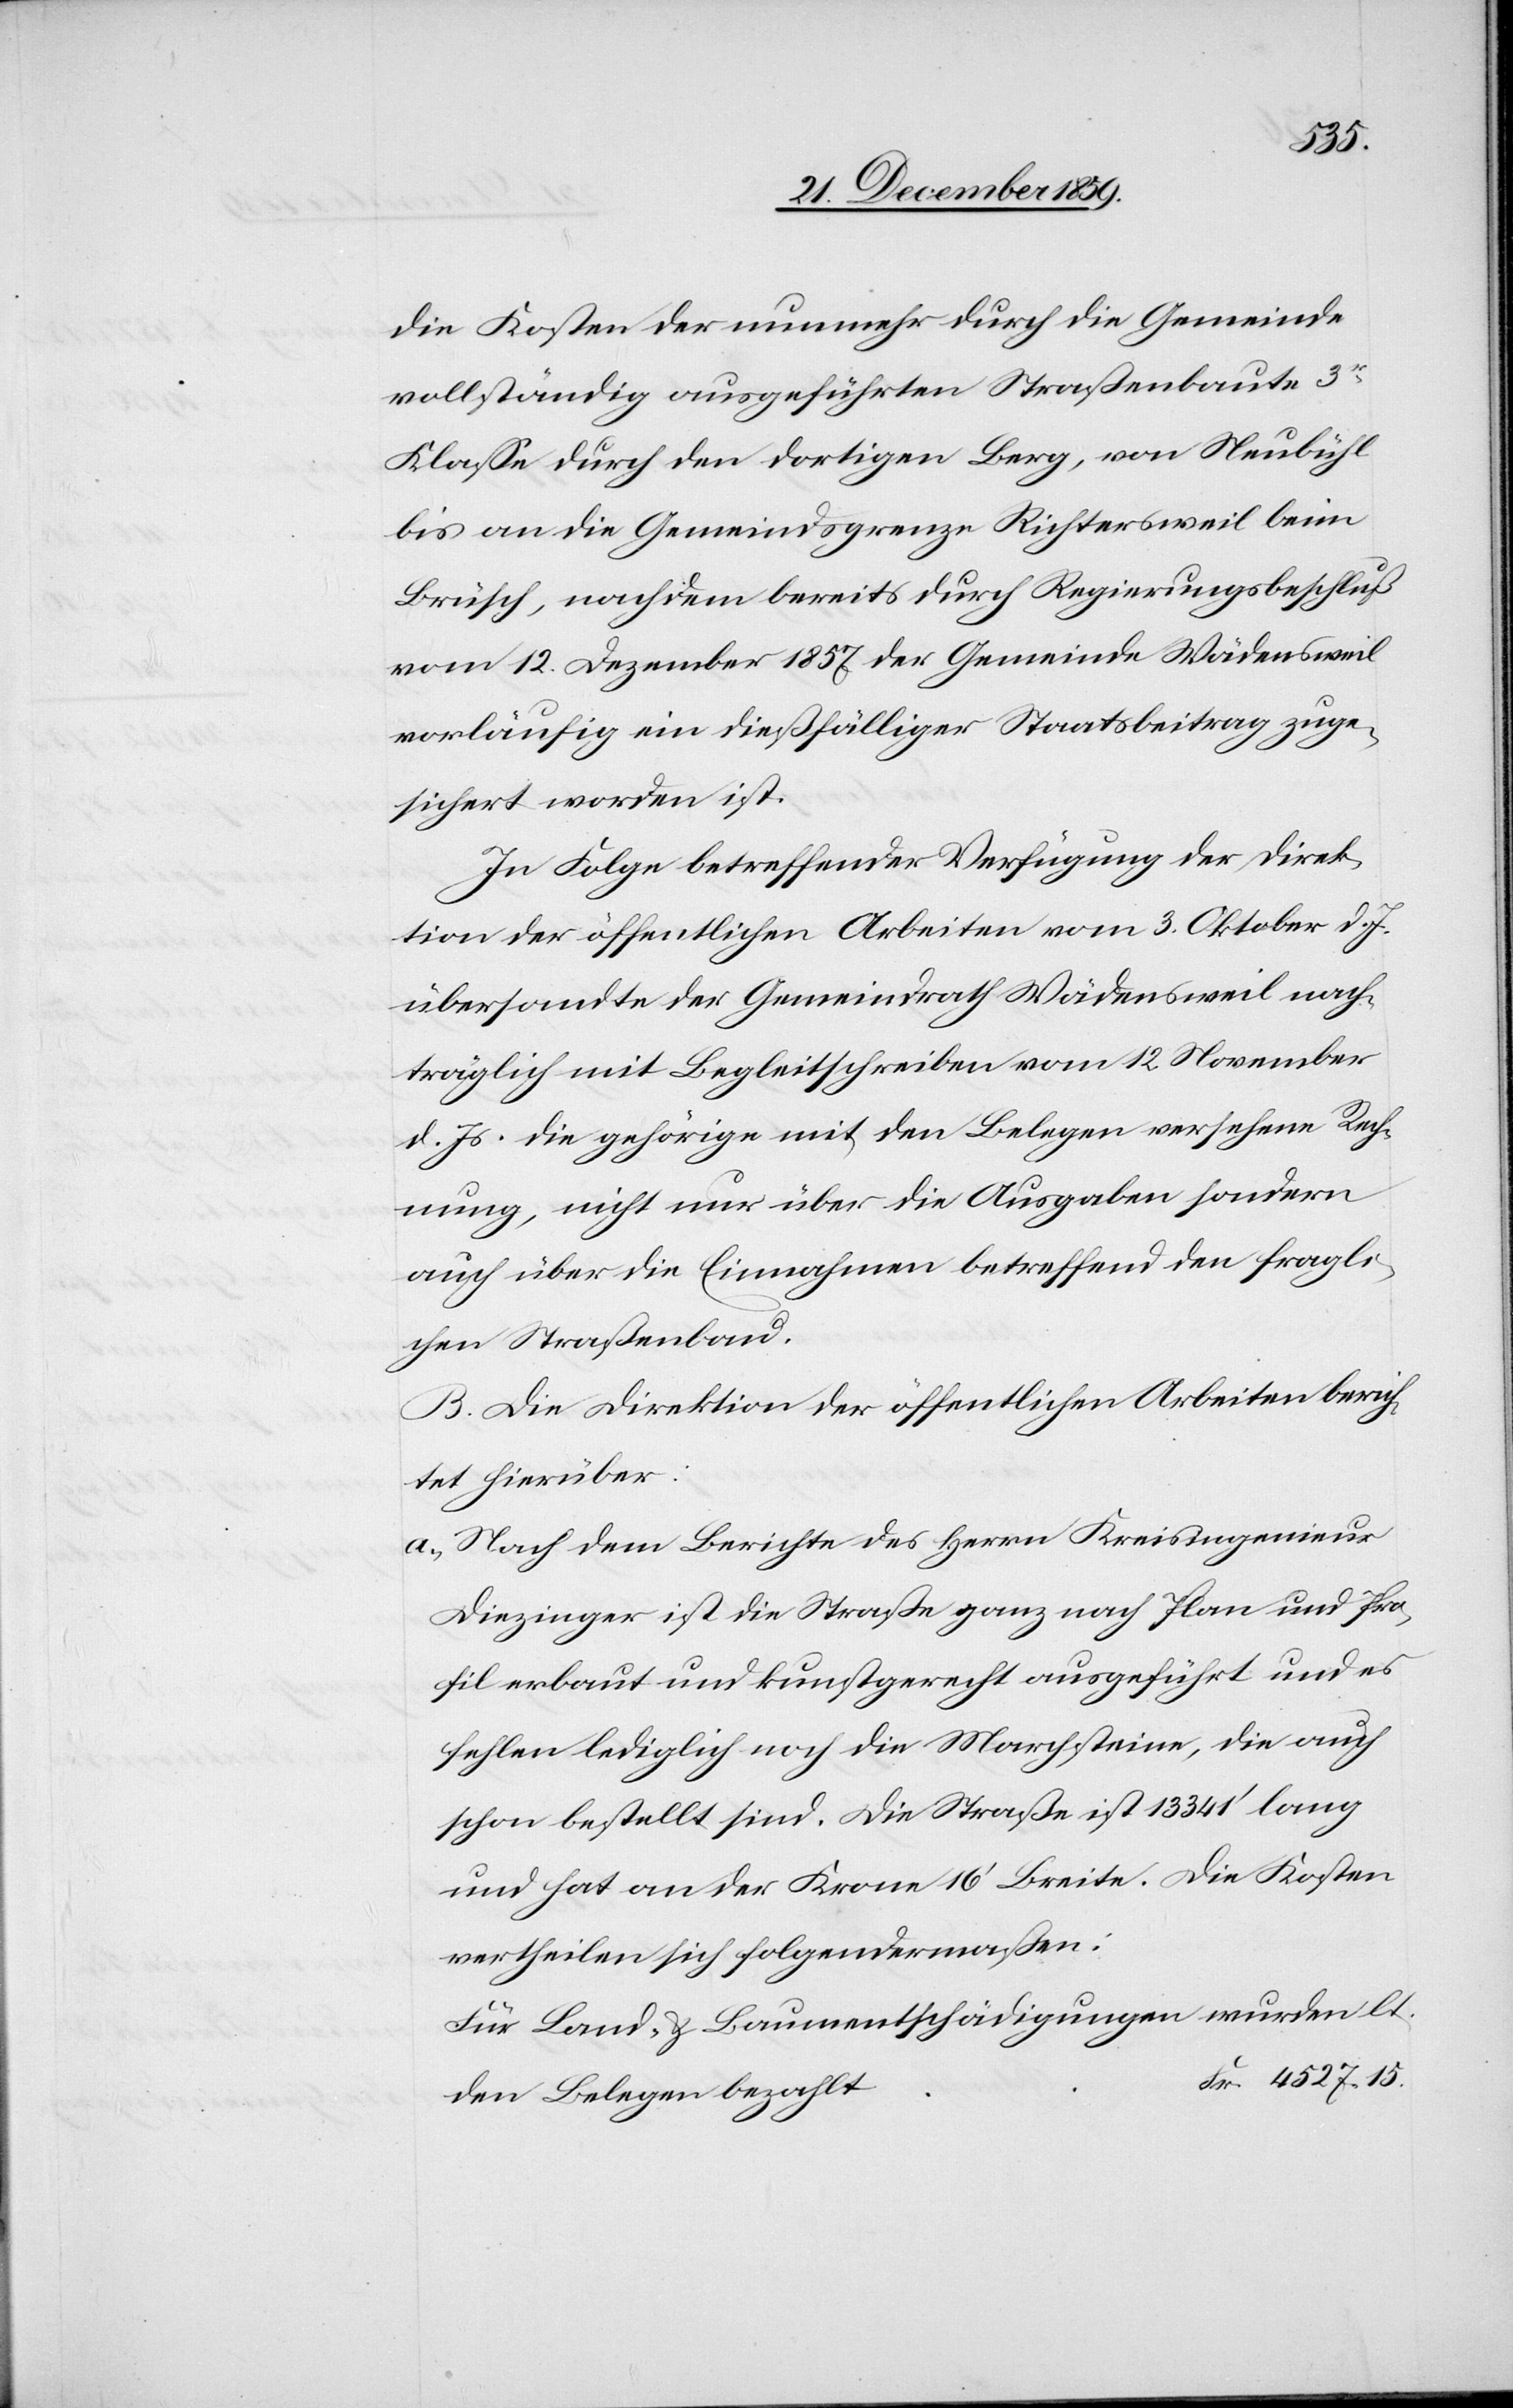
die Kosten der nunmehr durch die Gemeinde
vollständig ausgeführten Straßenbaute 3r
Klasse durch den dortigen Berg, von Neubühl
bis an die Gemeindsgrenze Richtersweil beim
Brüsch, nachdem bereits durch Regierungsbeschluß
vom 12. Dezember 1857 der Gemeinde Wädensweil
vorläufig ein dießfälliger Staatsbeitrag zuge¬
sichert worden ist.
In Folge betreffender Verfügung der Direk¬
tion der öffentlichen Arbeiten vom 3. Oktober d. J.
übersandte der Gemeindrath Wädensweil nach¬
träglich mit Begleitschreiben vom 12. November
d. Js. die gehörige mit den Belegen versehene Rech¬
nung, nicht nur über die Ausgaben sondern
auch über die Einnahmen betreffend den fragli¬
chen Straßenbau.
B. Die Direktion der öffentlichen Arbeiten berich¬
tet hierüber:
a) Nach dem Berichte des Herrn Kreisingenieur
Diezinger ist die Straße ganz nach Plan und Pro¬
fil erbaut und kunstgerecht ausgeführt und es
fehlen lediglich noch die Marchsteine, die auch
schon bestellt sind. Die Straße ist 13 341’ lang
und hat an der Krone 16’ Breite. Die Kosten
vertheilen sich folgendermaßen:
Für Land- & Baumentschädigungen wurden l¬
t. Belegen bezahlt